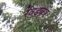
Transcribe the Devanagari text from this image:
रेवंडकर